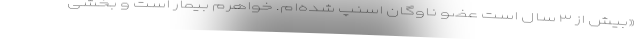
«بیش از ۳ سال است عضو ناوگان اسنپ شده‌ام. خواهرم بیمار است و بخشی